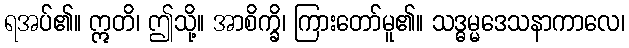
ရအပ်၏။ ဣတိ၊ ဤသို့။ အာစိက္ခိ၊ ကြားတော်မူ၏။ သဒ္ဓမ္မဒေသနာကာလေ၊